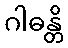
ဂါဓန္တိ